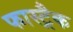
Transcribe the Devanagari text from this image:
फास्ट्रैक